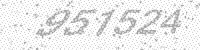
Solution: 951524